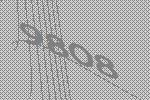
9808